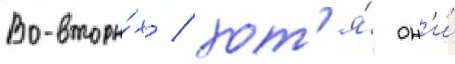
Во-вторы́х / хот'я́ он'и́